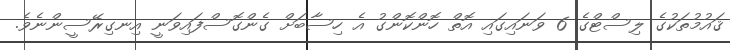
ޤައުމުތަކުގެ ލިސްޓްގެ 6 ވަނައިގައި އޮތް ހޮންކޮންގު އެ ހިސާބަށް ގެންގޮސްފައިވަނީ އިނގިރޭސީންނެވެ.